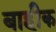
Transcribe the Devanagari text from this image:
बाहीक